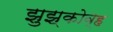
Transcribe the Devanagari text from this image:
झुझ्कोव्ह